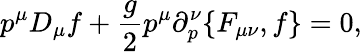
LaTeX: p^{\mu}D_{\mu}f+{\frac{g}{2}}p^{\mu}\partial_{p}^{\nu}\{ F_{\mu\nu},f\} =0,